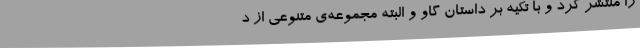
را منتشر کرد و با تکیه بر داستان گاو و البته مجموعه‌ی متنوعی از د